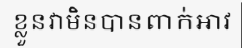
ខ្លួនវាមិនបានពាក់អាវ